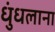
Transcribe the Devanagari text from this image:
धुंधलाना